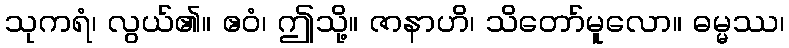
သုကရံ၊ လွယ်၏။ ဧဝံ၊ ဤသို့။ ဇာနာဟိ၊ သိတော်မူလော။ ဓမ္မဿ၊